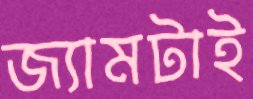
জ্যামটাই